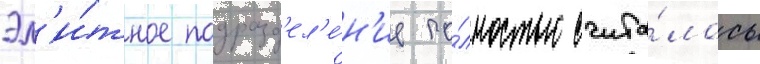
Эл'и́тное подразд'ел'е́н'ие по́лностью счита́лось